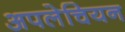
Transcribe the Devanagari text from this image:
अपलेचियन